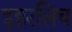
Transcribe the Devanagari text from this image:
इहरलिच